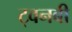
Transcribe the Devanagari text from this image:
ट्वनबी